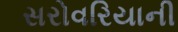
સરોવરિયાની